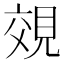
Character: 𧠷